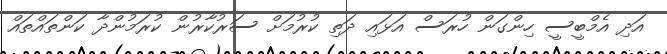
އަދި އެމްބީސީ ހިންގަން ހުރަސް އަޅައި ދަތި ކުރުމަށް ސަރުކާރުން ކުރަމުންދާ ކަންތައްތައް